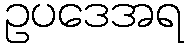
ဥပဒေအရ